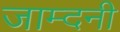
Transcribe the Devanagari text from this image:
जाम्दनी